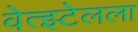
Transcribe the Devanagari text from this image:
वेत्झ्टेलला